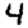
Digit: 4